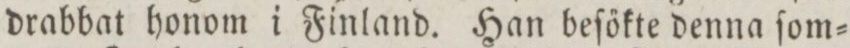
drabbat honom i Finland. Han beſőkte denna ſom=